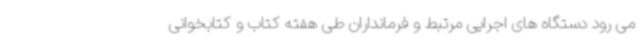
می رود دستگاه های اجرایی مرتبط و فرمانداران طی هفته کتاب و کتابخوانی